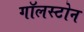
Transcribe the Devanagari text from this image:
गॉलस्टोन